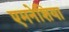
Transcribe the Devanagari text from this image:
एमनेशिया